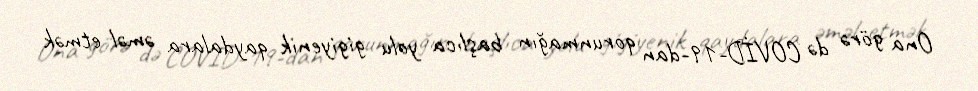
Ona görə də COVİD-19-dan qorunmağın başlıca yolu gigiyenik qaydalara əməl etmək